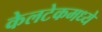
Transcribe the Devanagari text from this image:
केलटेकमध्ये